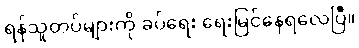
ရန်သူတပ်များကို ခပ်ရေး ရေးမြင်နေရလေပြီ။